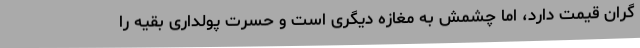
گران قیمت دارد، اما چشمش به مغازه دیگری است و حسرت پولداری بقیه را